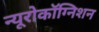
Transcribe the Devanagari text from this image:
न्यूरोकॉग्निशन